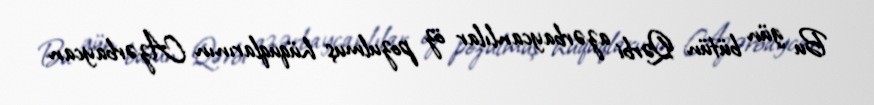
Bu gün bütün Qərbi azərbaycanlılar öz pozulmuş hüquqlarının Azərbaycan